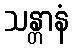
သန္တာနံ